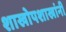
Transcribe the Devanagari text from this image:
शाखोपशाखांनी